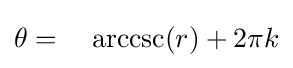
\theta =\;\;\;\,\operatorname {arccsc} (r)+2\pi k